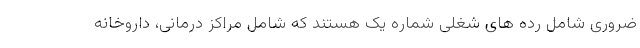
ضروری شامل رده های شغلی شماره یک هستند که شامل مراکز درمانی، داروخانه